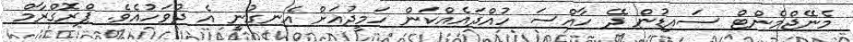
މެނޭޖްމެންޓް ސައިޑުން ދޭ ހާއްސަ ހުއްދައެއްކަން ހަމީދުއަށް އެނގުނީ އެ ދުވަހުއެވެ. ޕްރޮގްރާމް